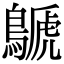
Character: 鷈